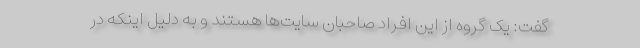
گفت: یک گروه از این افراد صاحبان سایت‌ها هستند و به دلیل اینکه در